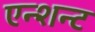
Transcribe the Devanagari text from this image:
एन्शन्ट